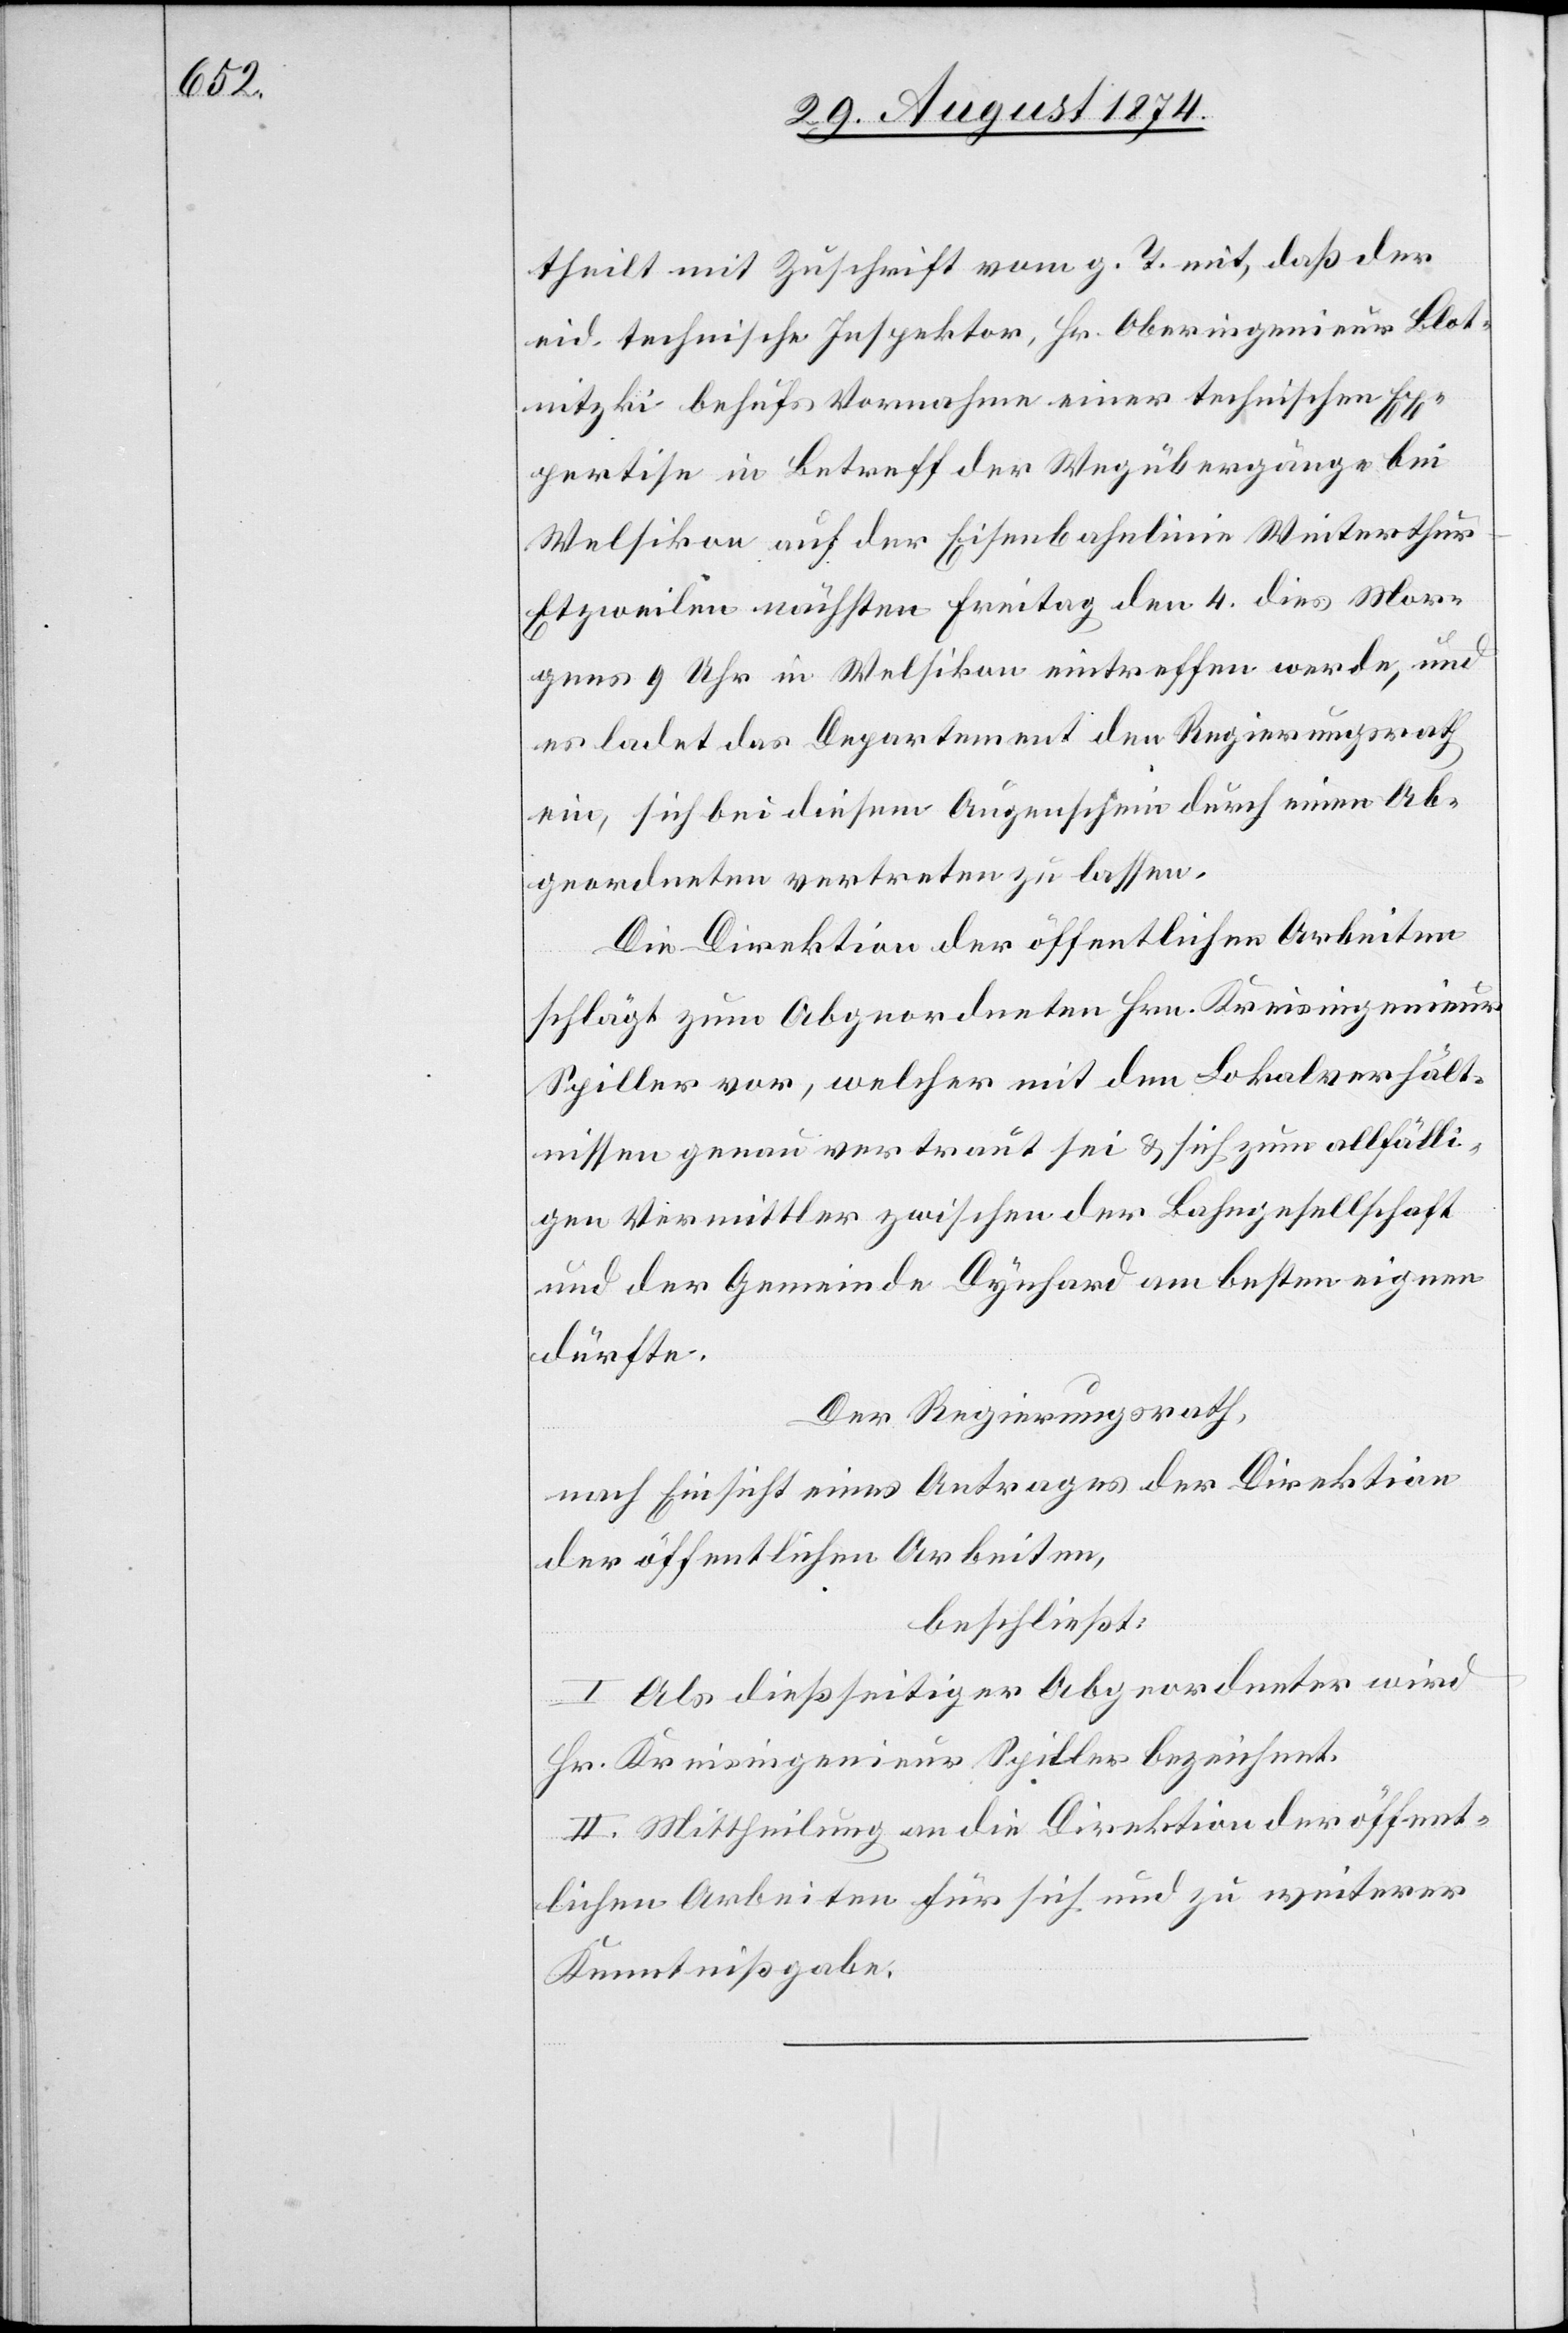
theilt mit Zuschrift vom g. T. mit, daß der
eid. technische Inspektor, Hr. Oberingenieur Blot¬
nitzki behufs Vornahme einer technischen Ex¬
pertise in Betreff der Wegübergänge bei
Welsikon auf der Eisenbahnlinie Winterthur–E¬
tzweilen nächsten Freitag den 4. dies Mor¬
gens 9 Uhr in Welsikon eintreffen werde, und
es ladet das Departement den Regierungsrath
ein, sich bei diesem Augenschein durch einen Ab¬
geordneten vertreten zu lassen.
Die Direktion der öffentlichen Arbeiten
schlägt zum Abgeordneten Hrn. Kreisingenieur
Spiller vor, welcher mit den Lokalverhält¬
nissen vertraut sei u. sich zum allfälli¬
gen Vermittler zwischen der Bahngesellschaft
und der Gemeinde Dynhard am besten eignen
dürfte.
Der Regierungsrath,
nach Einsicht eines Antrages der Direktion
der öffentlichen Arbeiten,
beschließt:
I. Als dießseitiger Abgeordneter wird
Hr. Kreisingenieur Spiller bezeichnet.
II. Mittheilung an die Direktion der öffent¬
lichen Arbeiten für sich und zu weiterer
Kenntnißgabe.